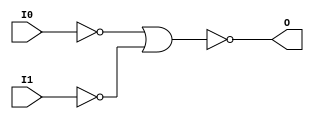
// $Header: /devl/xcs/repo/env/Databases/CAEInterfaces/verunilibs/data/unisims/NOR2B2.v,v 1.6 2007/05/23 21:43:39 patrickp Exp $
///////////////////////////////////////////////////////////////////////////////
// Copyright (c) 1995/2004 Xilinx, Inc.
// All Right Reserved.
///////////////////////////////////////////////////////////////////////////////
//   ____  ____
//  /   /\/   /
// /___/  \  /    Vendor : Xilinx
// \   \   \/     Version : 10.1
//  \   \         Description : Xilinx Functional Simulation Library Component
//  /   /                  2-input NOR Gate
// /___/   /\     Filename : NOR2B2.v
// \   \  /  \    Timestamp : Thu Mar 25 16:42:58 PST 2004
//  \___\/\___\
//
// Revision:
//    03/23/04 - Initial version.
//    05/23/07 - Changed timescale to 1 ps / 1 ps.
//    05/23/07 - Added wire declaration for internal signals.

`timescale  1 ps / 1 ps


module NOR2B2 (O, I0, I1);

    output O;

    input  I0, I1;

    wire i0_inv;
    wire i1_inv;

    not N1 (i1_inv, I1);
    not N0 (i0_inv, I0);
    nor O1 (O, i0_inv, i1_inv);


endmodule